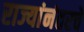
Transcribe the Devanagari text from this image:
राज्यांनंतरचे